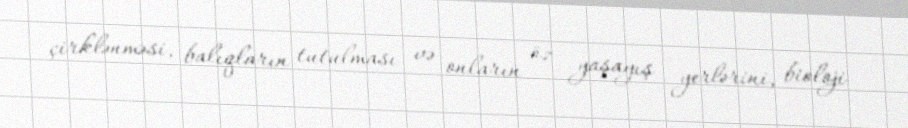
çirklənməsi, balıqların tutulması və onların öz yaşayış yerlərini, bioloji